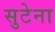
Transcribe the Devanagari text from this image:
सुटेना